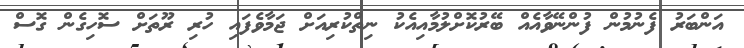
އަންބަރު ފެނުމުން ފުންނޭވާއެއް ބޭރުކޮށްލުމާއިއެކު ނިތްކުރިއަށް ޖަމާވެފައި ހުރި ރޫތަށް ސޮހިގެން ގޮސް